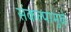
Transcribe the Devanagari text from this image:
संकल्पामुळे